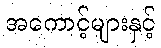
အကောင့်များနှင့်